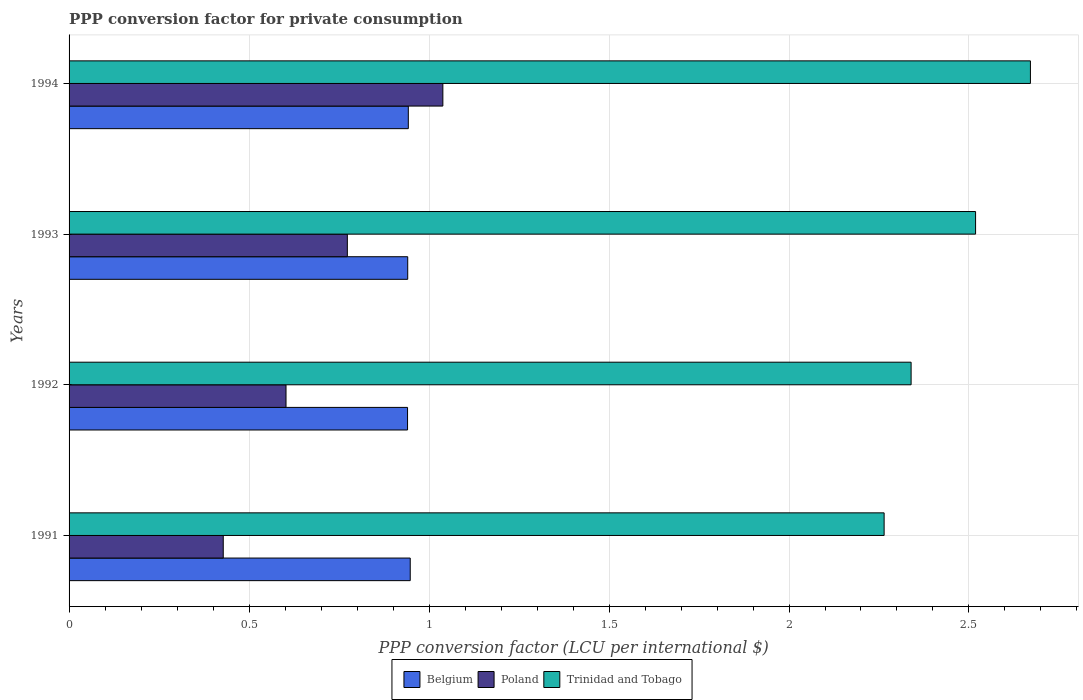
| Years | Belgium | Poland | Trinidad and Tobago |
 | --- | --- | --- | --- |
 | 1991 | 0.948 | 0.428 | 2.26 |
 | 1992 | 0.94 | 0.603 | 2.34 |
 | 1993 | 0.941 | 0.773 | 2.52 |
 | 1994 | 0.942 | 1.04 | 2.67 |